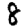
Digit: 8